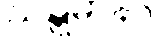
ဃဋ္ဋမာနာ